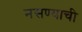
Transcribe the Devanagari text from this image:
नसण्याची